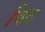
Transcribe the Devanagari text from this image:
विठ